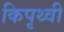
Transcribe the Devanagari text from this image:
किपृथ्वी